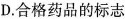
D.合格药品的标志